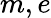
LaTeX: m,e